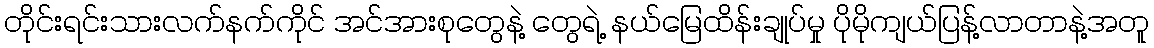
တိုင်းရင်းသားလက်နက်ကိုင် အင်အားစုတွေနဲ့ တွေရဲ့ နယ်မြေထိန်းချုပ်မှု ပိုမိုကျယ်ပြန့်လာတာနဲ့အတူ